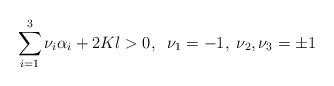
LaTeX: \begin{align*}\sum_{i=1}^{3}\nu_{i}\alpha_{i}+2Kl>0,\;\;\nu_{1}=-1,\;\nu_{2},\nu_{3}=\pm 1\end{align*}